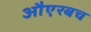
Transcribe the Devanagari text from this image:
औएरबच